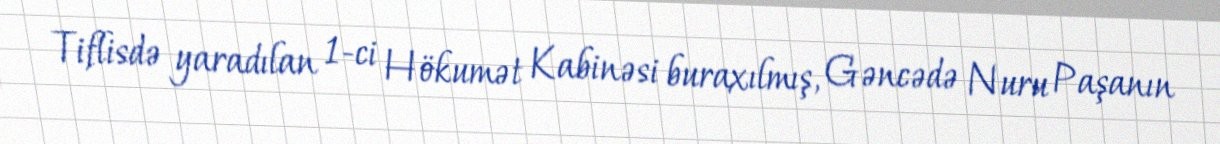
Tiflisdə yaradılan 1-ci Hökumət Kabinəsi buraxılmış, Gəncədə Nuru Paşanın